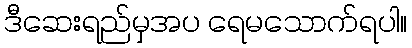
ဒီဆေးရည်မှအပ ရေမသောက်ရပါ။